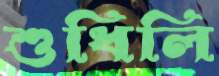
শুধিলি